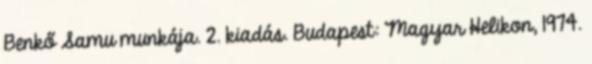
Benkő Samu munkája. 2. kiadás. Budapest: Magyar Helikon, 1974.